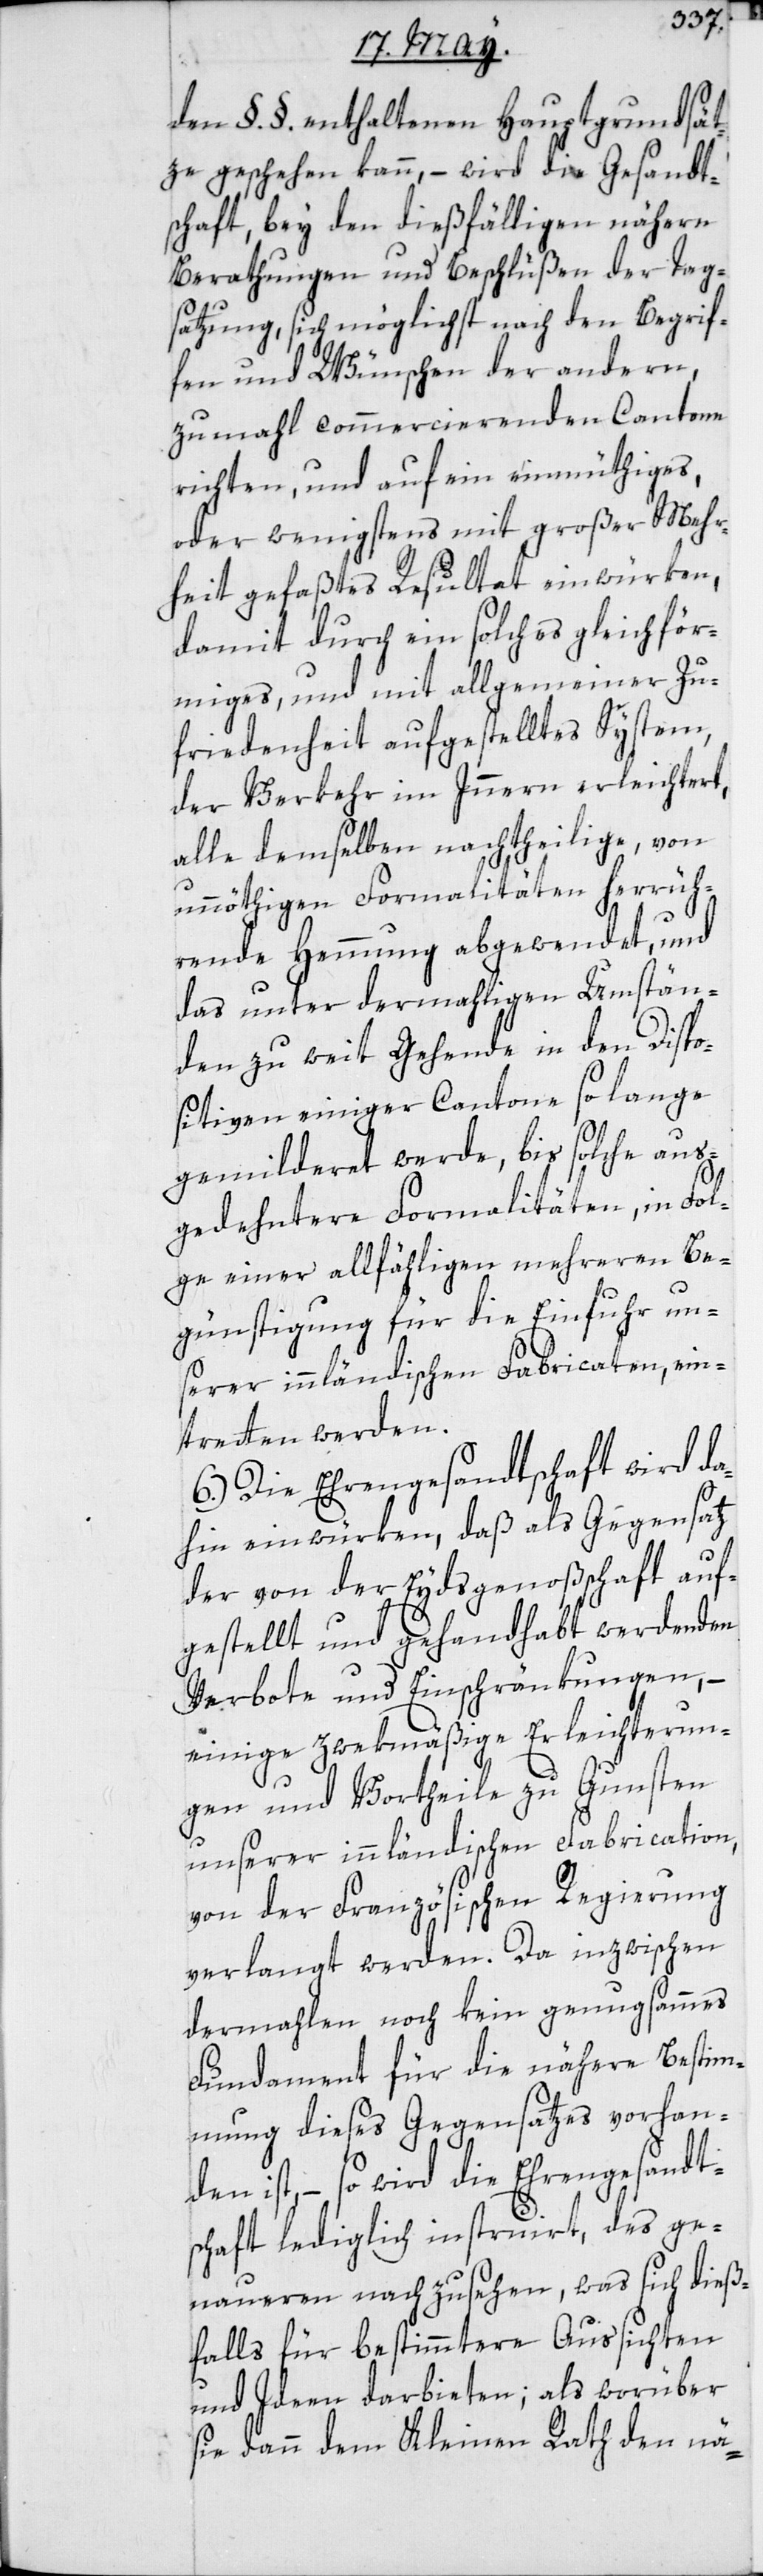
den §. §. enthaltenen Hauptgrundsät¬
ze geschehen kann, – wird die Gesandt¬
schaft bey den dießfälligen nähern
Berathungen und Beschlüßen der Tag¬
satzung, sich möglichst nach den Begrif¬
fen und Wünschen der andern,
zumahl commercierenden Cantone
richten, und auf ein einmüthiges,
oder wenigstens mit großer Mehr¬
heit gefaßtes Resultat einwürken,
damit durch ein solches gleichför¬
miges und mit allgemeiner Zu¬
friedenheit aufgestelltes System,
der Verkehr im Innern erleichtert,
alle demselben nachtheilige, von
unöthigen Formalitäten herrüh¬
rende Hemmung abgewendet, und
das unter dermahligen Umstän¬
den zu weit Gehende in den Dispo¬
sitiven einiger Cantone so lange
gemilderet werde, bis solche aus¬
gedehntere Formalitäten, in Fol¬
ge einer allfähligen mehreren Be¬
günstigung für die Einfuhr un¬
serer innländischen Fabricaten, ein¬
tretten werden.
6.) Die Ehrengesandtschaft wird da¬
hin einwürken, daß als Gegensatz
der von der Eydsgenoßschaft auf¬
gestellt und gehandhabt werdenden
Verbote und Einschränkungen, –
einige zwekmäßige Erleichterun¬
gen und Vortheile zu Gunsten
unserer innländischen Fabrication,
von der Französischen Regierung
verlangt werden. Da inzwischen
dermahlen noch kein genugsammes
Fundament für die nähere Bestim¬
mung dieses Gegensatzes vorhan¬
den ist, – so wird die Ehrengesandt¬
schaft lediglich instruiert, des ge¬
naueren nachzusehen, was sich dieß¬
falls für bestimmtere Aussichten
und Ideen darbieten; als worüber
sie dann dem Kleinen Rath den nä-